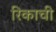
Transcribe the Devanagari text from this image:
रिकाची